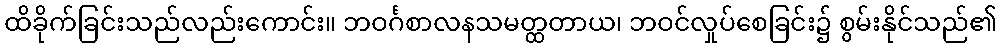
ထိခိုက်ခြင်းသည်လည်းကောင်း။ ဘဝင်္ဂစာလနသမတ္ထတာယ၊ ဘဝင်လှုပ်စေခြင်း၌ စွမ်းနိုင်သည်၏